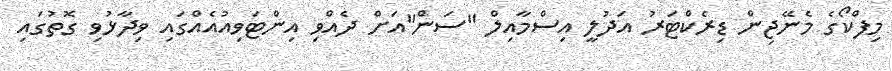
މިފްކޯގެ މެނޭޖިން ޑިރެކްޓަރު އަދުލީ އިސްމާއިލް "ސަން"އަށް ދެއްވި އިންޓަވިއުއެއްގައި ވިދާޅުވި ގޮތުގައި